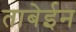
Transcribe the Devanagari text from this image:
ताबेईन